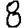
Digit: 8